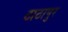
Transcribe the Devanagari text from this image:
ठाठापुर